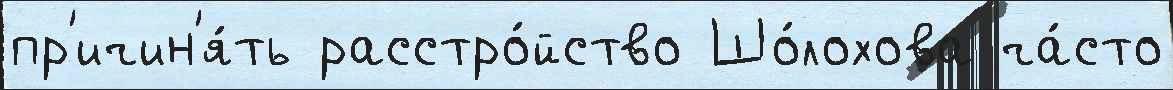
пр'ичин'я́ть расстро́йство Шо́лохова ча́сто